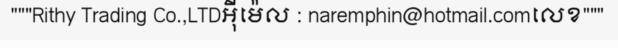
"""Rithy Trading Co.,LTDអ៊ីម៉េល : naremphin@hotmail.comលេខ"""